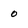
Character: o